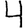
Digit: 4